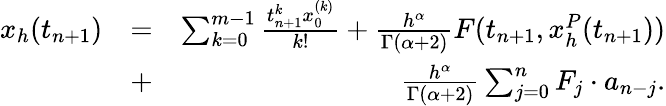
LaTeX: \begin{array}{rlr}{x_{h}(t_{n+1})}&{=}&{\sum_{k=0}^{m-1}\frac{t_{n+1}^{k}x_{0}^{(k)}}{k!}+\frac{h^{\alpha}}{\Gamma(\alpha+2)}F(t_{n+1},x_{h}^{P}(t_{n+1}))}\\ &{+}&{\frac{h^{\alpha}}{\Gamma(\alpha+2)}\sum_{j=0}^{n}F_{j}\cdot a_{n-j}.}\end{array}